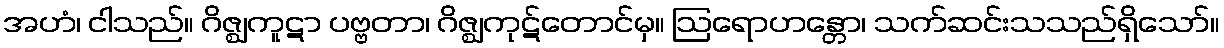
အဟံ၊ ငါသည်။ ဂိဇ္ဈကူဋာ ပဗ္ဗတာ၊ ဂိဇ္ဈကုဋ်တောင်မှ။ ဩရောဟန္တော၊ သက်ဆင်းသသည်ရှိသော်။